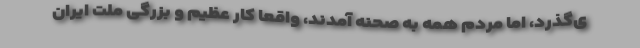
ی‌گذرد، اما مردم همه به صحنه آمدند، واقعاً کار عظیم و بزرگی ملت ایران